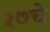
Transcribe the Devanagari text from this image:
१७चे